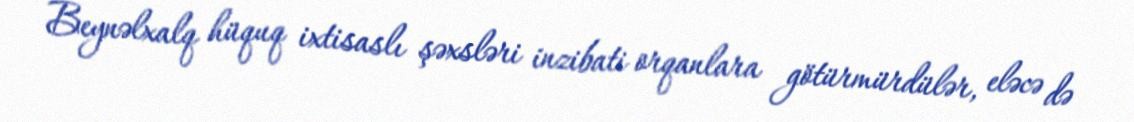
Beynəlxalq hüquq ixtisaslı şəxsləri inzibati orqanlara götürmürdülər, eləcə də